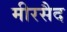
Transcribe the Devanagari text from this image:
मीरसैद